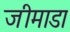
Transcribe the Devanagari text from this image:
जीमाडा